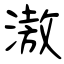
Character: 滶